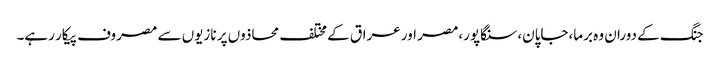
جنگ کے دوران وہ برما،جاپان،سنگاپور،مصر اور عراق کے مختلف محاذوں پر نازیوں سے مصروف پیکار رہے۔